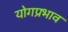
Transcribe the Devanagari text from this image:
योगप्रभाव